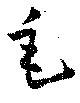
毛